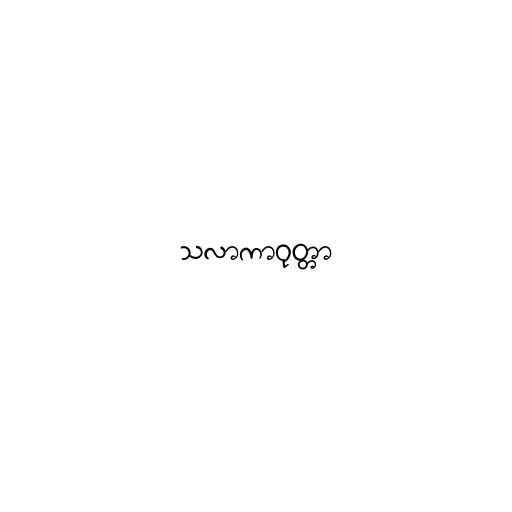
သလာကာဝုတ္တာ